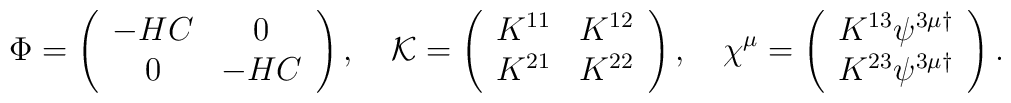
\Phi=\left( \begin{array}{cc} -HC & 0 \\0 &- HC \end{array} \right),\,\,\,\,\,\,{\cal K}=\left( \begin{array}{cc} K^{11} & K^{12} \\K^{21} & K^{22} \end{array} \right),\,\,\,\,\,\,\chi^{\mu}=\left( \begin{array}{c} K^{13}\psi^{3\mu\dagger} \\K^{23}\psi^{3\mu\dagger}\end{array}\right).